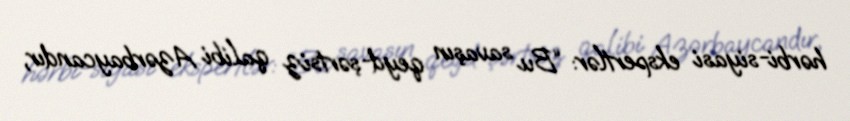
hərbi-siyasi ekspertlər: “Bu savaşın qeyd-şərtsiz qalibi Azərbaycandır,